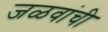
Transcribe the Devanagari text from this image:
जळवांची